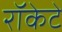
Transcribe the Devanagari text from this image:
रॉकेटे